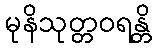
မုနိသုတ္တဝရန္တိ